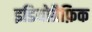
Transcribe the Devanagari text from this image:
इडियोग्रैफ़िक